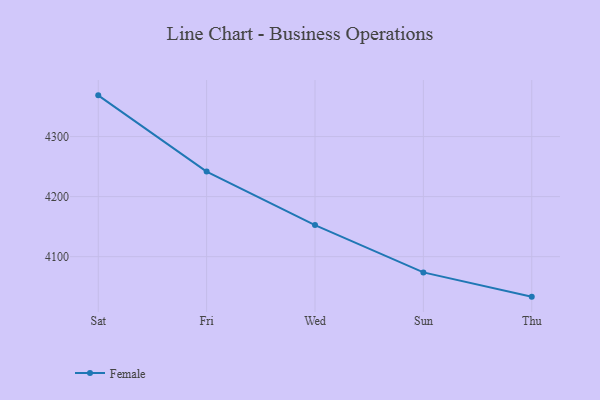
{"axis": {"x": "Day", "y": "Revenue (USD Million)"}, "legend": ["Female"], "data": [{"x": "Sat", "y": 4368.7, "type": "Female"}, {"x": "Fri", "y": 4241.7, "type": "Female"}, {"x": "Wed", "y": 4152.6, "type": "Female"}, {"x": "Sun", "y": 4073.8, "type": "Female"}, {"x": "Thu", "y": 4033.4, "type": "Female"}]}